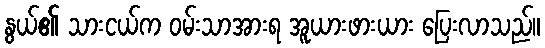
နွယ်၏ သားငယ်က ဝမ်းသာအားရ အူယားဖားယား ပြေးလာသည်။